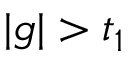
| g | > t _ { 1 }